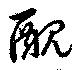
醜